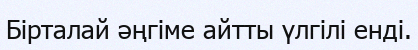
Бірталай әңгіме айтты үлгілі енді.